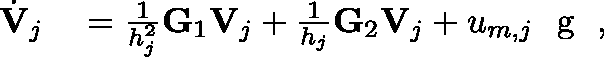
\begin{array} { r l } { \dot { \mathbf { V } } _ { j } } & { { } = \frac { 1 } { h _ { j } ^ { 2 } } \mathbf { G } _ { 1 } \mathbf { V } _ { j } + \frac { 1 } { h _ { j } } \mathbf { G } _ { 2 } \mathbf { V } _ { j } + u _ { m , j } \textrm { \boldmath { g } } , } \end{array}